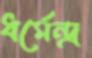
ধর্মেন্দ্র